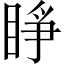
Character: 睜